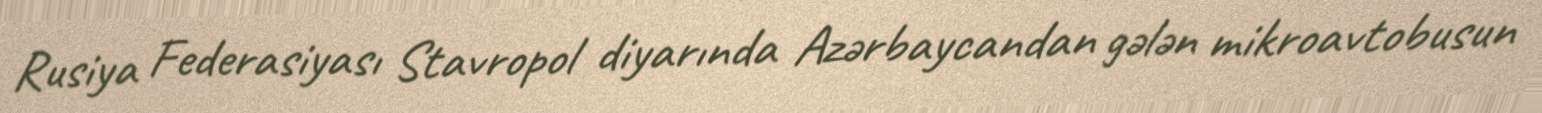
Rusiya Federasiyası Stavropol diyarında Azərbaycandan gələn mikroavtobusun